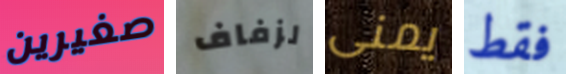
صغيرين لزفاف يمنى فقط